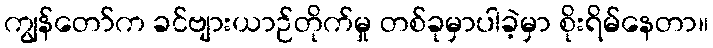
ကျွန်တော်က ခင်ဗျားယာဉ်တိုက်မှု တစ်ခုမှာပါခဲ့မှာ စိုးရိမ်နေတာ။